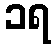
၁ရ